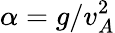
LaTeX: \alpha=g/v_{A}^{2}